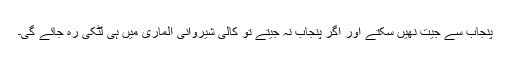
پنجاب سے جیت نھیں سکتے اور اگر پنجاب نہ جیتے تو کالی شیروانی الماری میں ہی لٹکی رہ جائے گی۔